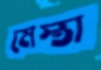
মেস্তা